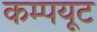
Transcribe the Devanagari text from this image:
कम्पयूट